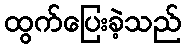
ထွက်ပြေးခဲ့သည်